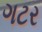
ગટર